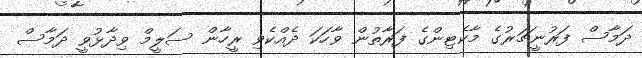
ދަމާސް ފަރުނީޗަރުގެ މާކެޓިންގެ ފަރާތުން ވާހަކަ ދެއްކެވި ރީހާން ސަލީމް ވިދާޅުވީ ދަމާސް